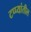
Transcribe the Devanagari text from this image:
टप्प्यांतील